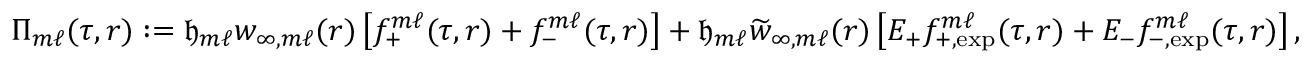
\Pi _ { m \ell } ( \tau , r ) : = { \mathfrak { h } } _ { m \ell } w _ { \infty , m \ell } ( r ) \left[ f _ { + } ^ { m \ell } ( \tau , r ) + f _ { - } ^ { m \ell } ( \tau , r ) \right] + { \mathfrak { h } } _ { m \ell } \widetilde { w } _ { \infty , m \ell } ( r ) \left[ E _ { + } f _ { + , \mathrm { e x p } } ^ { m \ell } ( \tau , r ) + E _ { - } f _ { - , \mathrm { e x p } } ^ { m \ell } ( \tau , r ) \right] ,